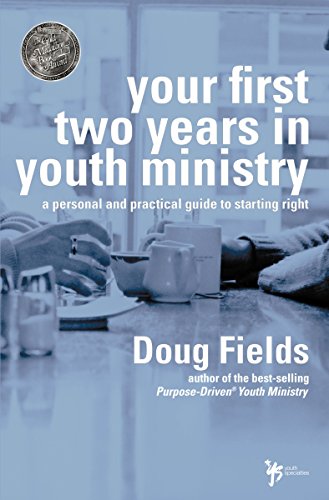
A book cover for Your First Two Years in Youth Ministry: A personal and practical guide to starting right; Doug Fields; Christian Books & Bibles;